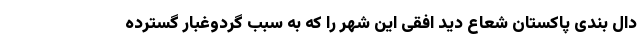
دال بندی پاکستان شعاع دید افقی این شهر را که به سبب گردوغبار گسترده